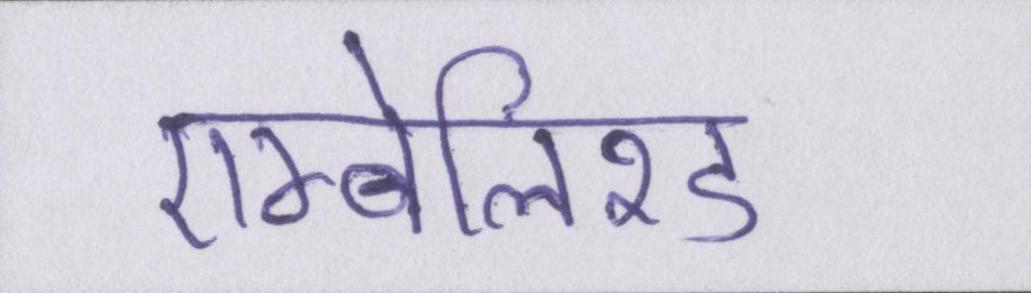
एम्बेलिश्ड